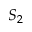
S _ { 2 }